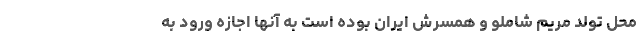
محل تولد مریم شاملو و همسرش ایران بوده است به آنها اجازه ورود به